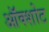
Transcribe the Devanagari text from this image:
ऑक्शोट